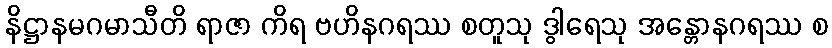
နိဋ္ဌာနမဂမာသီတိ ရာဇာ ကိရ ဗဟိနဂရဿ စတူသု ဒွါရေသု အန္တောနဂရဿ စ